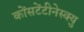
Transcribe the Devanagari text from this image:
कोंसटेंटीनेस्क्यु